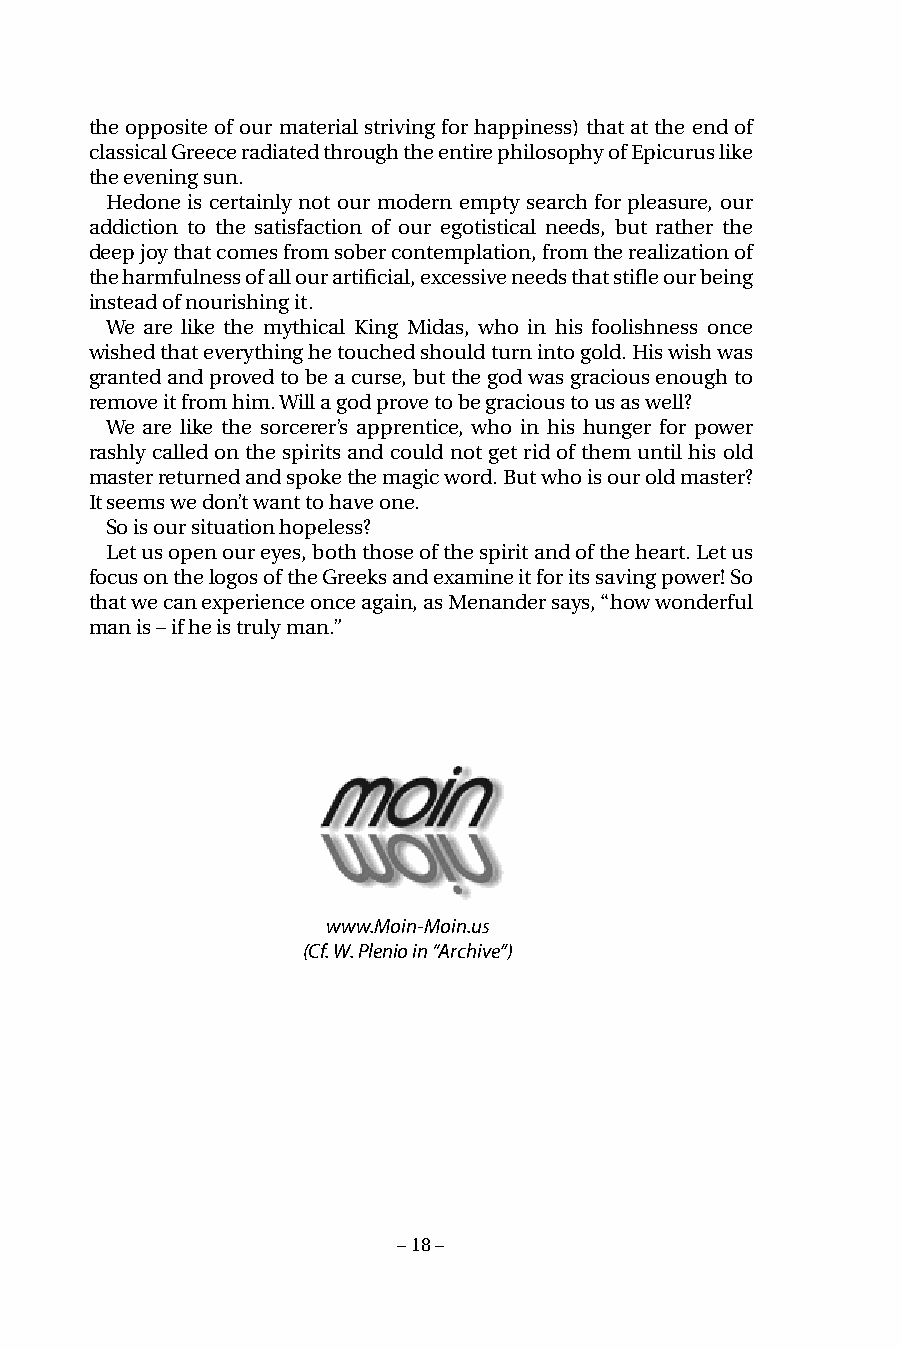
the opposite of our material striving for happiness) that at the end of
 classical Greece radiated through the entire philosophy of Epicurus like
 the evening sun.
 Hedone is certainly not our modern empty search for pleasure, our
 addiction to the satisfaction of our egotistical needs, but rather the
 deep joy that comes from sober contemplation, from the realization of
 the harmfulness of all our artificial, excessive needs that stifle our being
 instead of nourishing it.
 We are like the mythical King Midas, who in his foolishness once
 wished that everything he touched should turn into gold. His wish was
 granted and proved to be a curse, but the god was gracious enough to
 remove it from him. Will a god prove to be gracious to us as well?
 We are like the sorcerer’s apprentice, who in his hunger for power
 rashly called on the spirits and could not get rid of them until his old
 master returned and spoke the magic word. But who is our old master?
 It seems we don’t want to have one.
 So is our situation hopeless?
 Let us open our eyes, both those of the spirit and of the heart. Let us
 focus on the logos of the Greeks and examine it for its saving power! So
 that we can experience once again, as Menander says, “how wonderful
 man is – if he is truly man.”
 www.Moin-Moin.us
 (Cf. W. Plenio in “Archive”)
 – 18 –